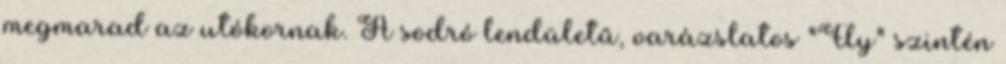
megmarad az utókornak. A sodró lendületű, varázslatos "Fly" szintén